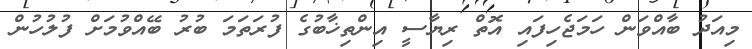
މިއަދު ބާއްވަން ހަމަޖެހިފައި އޮތް ރިޔާސީ އިންތިޚާބުގެ ފުރަތަމަ ބުރު ބޭއްވުމަށް ފުލުހުން